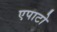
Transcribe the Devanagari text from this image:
एपाटो